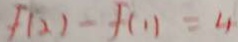
f ( 2 ) - f ( 1 ) = 4